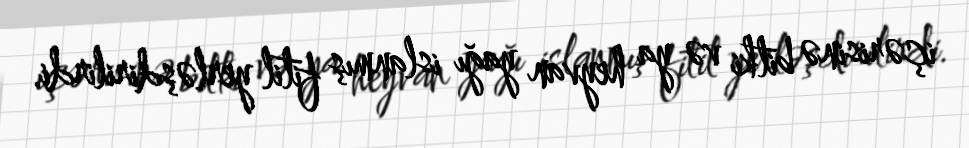
içərisinə bitki və ya heyvan yağı islanmış fitil yerləşdirilirdi.